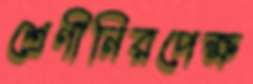
শ্রেণীনিরপেক্ষ